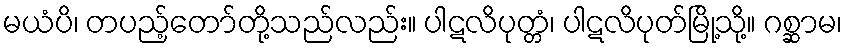
မယံပိ၊ တပည့်တော်တို့သည်လည်း။ ပါဋလိပုတ္တံ၊ ပါဋလိပုတ်မြို့သို့။ ဂစ္ဆာမ၊